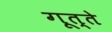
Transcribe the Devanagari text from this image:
गूत्ते